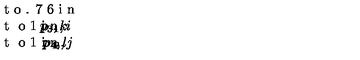
\vcenter t o . 7 6 i n { \special { e m : g r a p h 4 . p c x } \vss \mathrm { t } o 1 i n { \llap { p _ { 1 } , i } \hss p _ { 3 } , k } \vss \mathrm { t } o 1 i n { \llap { p _ { 2 } , j } \hss p _ { 4 } , l } \vss }